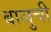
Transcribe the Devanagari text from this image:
बाजुची